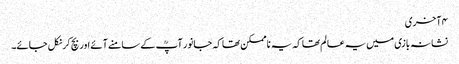
۴ آخری
نشانہ بازی میں یہ عالم تھا کہ یہ ناممکن تھا کہ جانور آپؒ کے سامنے آئے اور بچ کر نکل جائے۔